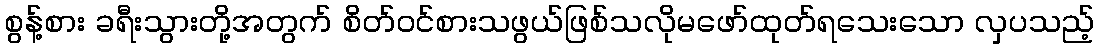
စွန့်စား ခရီးသွားတို့အတွက် စိတ်ဝင်စားသဖွယ်ဖြစ်သလိုမဖော်ထုတ်ရသေးသော လှပသည့်